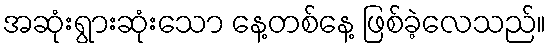
အဆုံးရွားဆုံးသော နေ့တစ်နေ့ ဖြစ်ခဲ့လေသည်။